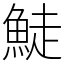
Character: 鯐